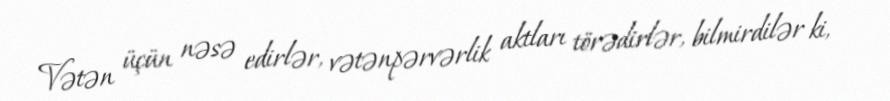
Vətən üçün nəsə edirlər, vətənpərvərlik aktları törədirlər, bilmirdilər ki,